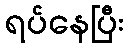
ရပ်နေပြီး